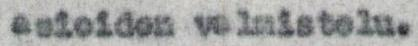
asioiden valmistelu.